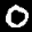
Label: 0